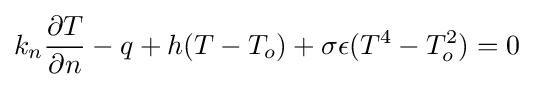
k_{n}{\partial T \over \partial n}-q+h(T-T_{o})+\sigma \epsilon (T^{4}-T_{o}^{2})=0